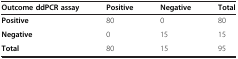
<table><thead><tr><td><b>Outcome ddPCR assay</b></td><td><b>Positive</b></td><td><b>Negative</b></td><td><b>Total</b></td></tr></thead><tbody><tr><td><b>Positive</b></td><td>80</td><td>0</td><td>80</td></tr><tr><td><b>Negative</b></td><td>0</td><td>15</td><td>15</td></tr><tr><td><b>Total</b></td><td>80</td><td>15</td><td>95</td></tr></tbody></table>